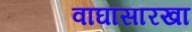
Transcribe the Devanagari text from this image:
वाघासारखा